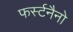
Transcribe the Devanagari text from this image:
फर्स्टनैनो